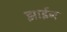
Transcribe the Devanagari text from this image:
झाईन